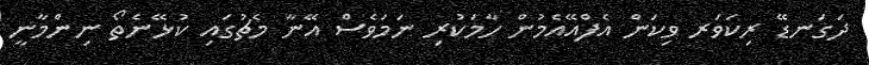
ދަގަނޑޭ ރިކަވަރ ވިކަން އެފްއޭއެމުން ހާމަކުރި ނަމަވެސް އޭނާ މެޗުގައި ކުޅޭނެތޯ ނިންމާނީ